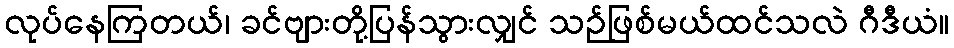
လုပ်နေကြတယ်၊ ခင်ဗျားတို့ပြန်သွားလျှင် သဉ်ဖြစ်မယ်ထင်သလဲ ဂီဒီယံ။